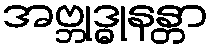
အဗ္ဘုဒ္ဓုနန္တာ